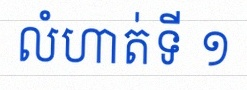
លំហាត់ទី ១